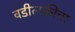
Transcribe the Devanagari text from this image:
वडीलकीचा